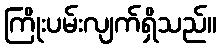
ကြိုးပမ်းလျက်ရှိသည်။